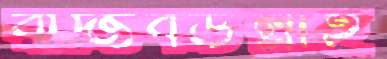
রাজিবউল্লাহ